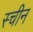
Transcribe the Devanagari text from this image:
स्चीन